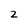
Character: 2